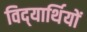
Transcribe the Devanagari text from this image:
विद्‍यार्थियों